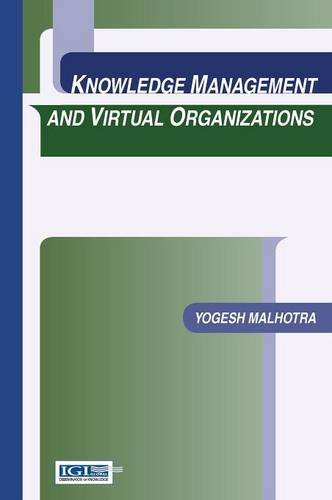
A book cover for Knowledge Management and Virtual Organizations; Business & Money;